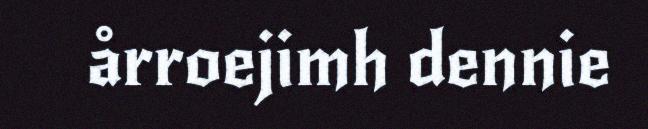
årroejimh dennie